Vaccination report Assam 1896-1927 - 1896-1927
Year: 1896
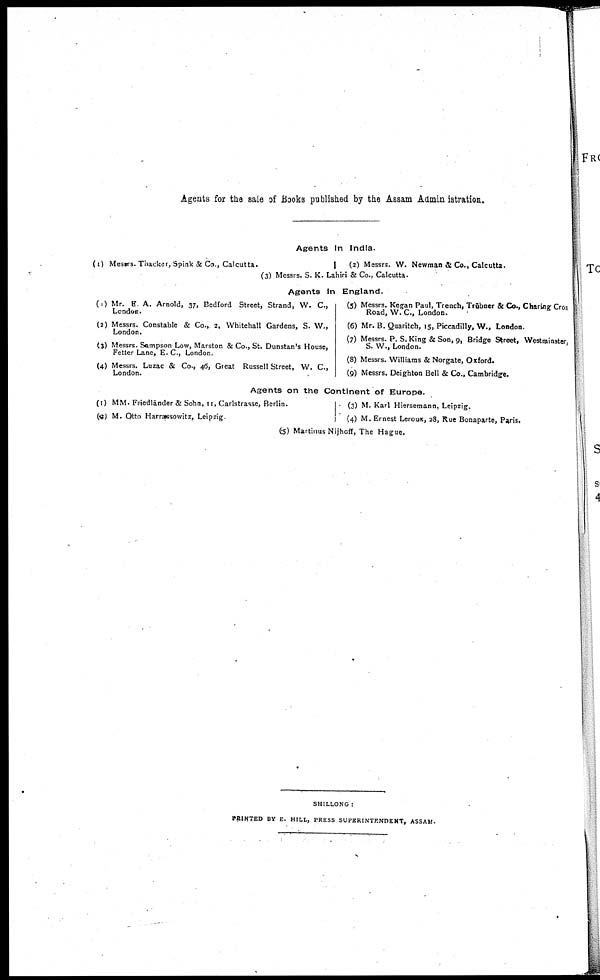
Agents for the sale of Books published by the Assam Administration.
Agents In India.
(1) Messrs. Thacker, Spink & Co., Calcutta.
(2) Messrs. W. Newman & Co., Calcutta.
(3) Messrs. S. K. Lahiri & Co., Calcutta.
Agents In England.
(1) Mr. E. A. Arnold, 37, Bedford Street, Strand, W. C.,
London.
(2) Messrs. Constable & Co., 2, Whitehall Gardens, S. W.,
London.
(3) Messrs. Sampson Low, Marston & Co., St. Dunstan's House,
Fetter Lane, E. C., London.
(4) Messrs. Luzac & Co., 46, Great Russell Street, W. C.,
London.
(5) Messrs. Kegan Paul, Trench, Trübner & Co., Charing Cros
Road, W. C., London.
(6) Mr. B. Quaritch, 15, Piccadilly, W., London.
(7) Messrs. P. S. King & Son, 9, Bridge Street, Westminster,
S. W., London.
(8) Messrs. Williams & Norgate, Oxford.
(9) Messrs. Deighton Bell & Co., Cambridge.
Agents on the Continent of Europe.
(1) MM. Friedländer & Sohn, II, Carlstratse, Berlin.
(2) M. Otto Harrassowitz, Leipzig.
(3) M. Karl Hiersemann, Leipzig.
(4) M. Ernest Leroux, 28, Rue Bonaparte, Paris.
(5) Martinus Nijhoff, The Hague.
SHILLONG :
PRINTED BY E. HILL, PRESS SUPERINTENDENT, ASSAM.